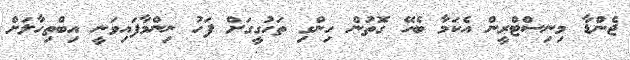
ޖެންޑާ މިނިސްޓްރީން އެކަމާ ބެހޭ ގޮތުން ހިންގި ތަހުގީގަށް ފަހު ނިންމާފައިވަނީ އިބްތިހާލަށް